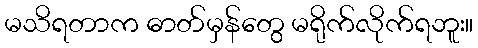
မသိရတာက ဓာတ်မှန်တွေ မရိုက်လိုက်ရဘူး။